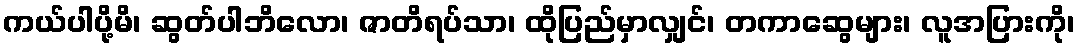
ကယ်ပါပို့မိ၊ ဆွတ်ပါဘိလော၊ ဇာတိရပ်သာ၊ ထိုပြည်မှာလျှင်၊ တကာဆွေများ၊ လူအပြားကို၊